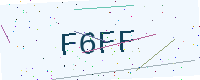
Text: F6FF